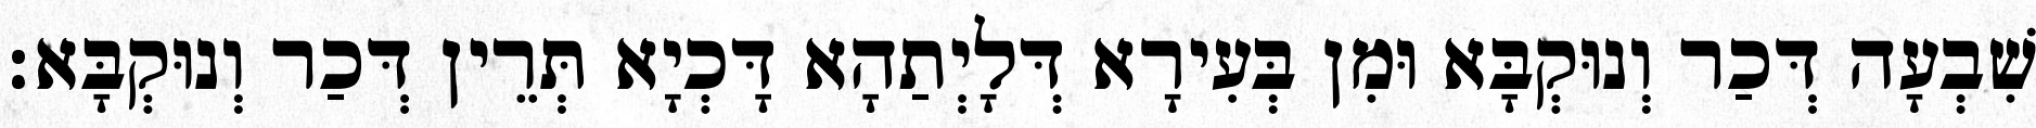
שִׁבְעָה דְּכַר וְנוּקְבָּא וּמִן בְּעִירָא דְּלָיְתַהָא דָּכְיָא תְּרֵין דְּכַר וְנוּקְבָּא׃